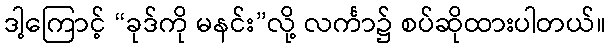
ဒါ့ကြောင့် “ခုဒ်ကို မနင်း”လို့ လင်္ကာ၌ စပ်ဆိုထားပါတယ်။